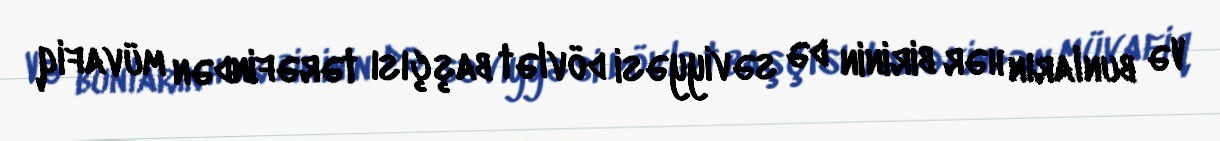
Və bunların hər birinin də səviyyəsi dövlət başçısı tərəfindən müvafiq